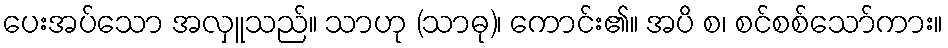
ပေးအပ်သော အလှူသည်။ သာဟု (သာဓု)၊ ကောင်း၏။ အပိ စ၊ စင်စစ်သော်ကား။